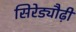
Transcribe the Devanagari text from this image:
सिरेड्यौढ़ी